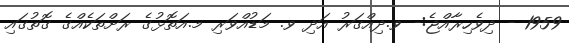
1959 - ދިވެހިރާއްޖެ:- ވ.ދިއްގަރު އަދި ވ. މަޑުއްވަރި މ.އަތޮޅުގެ ރަށްތަކެއްގެ ގޮތުގައި